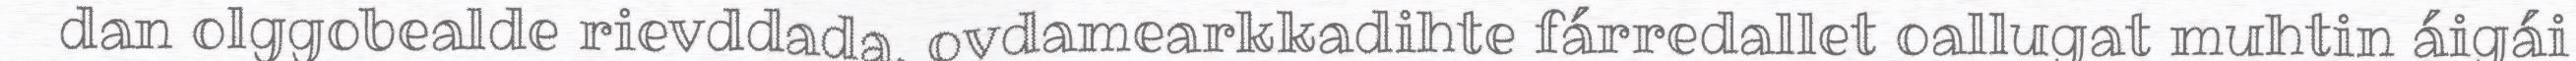
dan olggobealde rievddada, ovdamearkkadihte fárredallet oallugat muhtin áigái